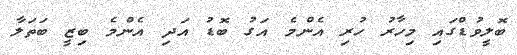
ބޮލީވުޑްގައި މިހާރު ހުރި އެންމެ އަގު ބޮޑު އަދި އެންމެ ބިޒީ ބަތަލާ